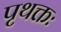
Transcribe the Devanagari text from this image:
पृथक्तः